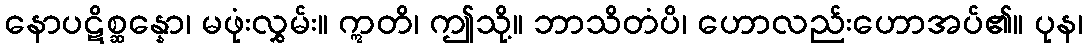
နောပဋိစ္ဆန္နော၊ မဖုံးလွှမ်း။ ဣတိ၊ ဤသို့။ ဘာသိတံပိ၊ ဟောလည်းဟောအပ်၏။ ပုန၊